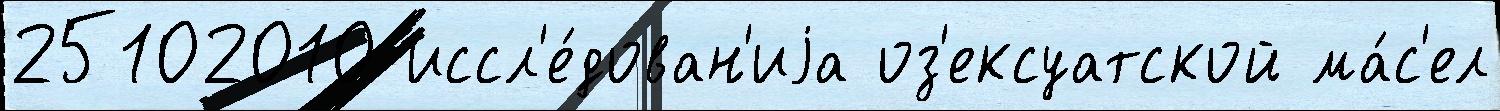
25102010 иссл'е́дован'иjа оз'ексуатской ма́с'ел